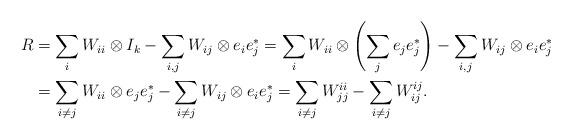
LaTeX: \begin{align*}R&=\sum_{i} W_{i i} \otimes I_{k}-\sum_{i,j} W_{i j}\otimes e_{i} e_{j}^{*}= \sum_{i} W_{i i} \otimes \left( \sum_{j} e_{j} e_{j}^{*}\right)-\sum_{i,j} W_{i j}\otimes e_{i} e_{j}^{*}\\&= \sum_{i\neq j} W_{i i}\otimes e_{j} e_{j}^{*}-\sum_{i \neq j} W_{i j}\otimes e_{i} e_{j}^{*}= \sum_{i \neq j} W_{jj}^{ii} - \sum_{i \neq j} W_{ij}^{ij}.\end{align*}